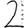
Digit: 2